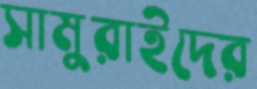
সামুরাইদের